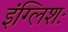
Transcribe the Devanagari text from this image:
इंग्लिशः